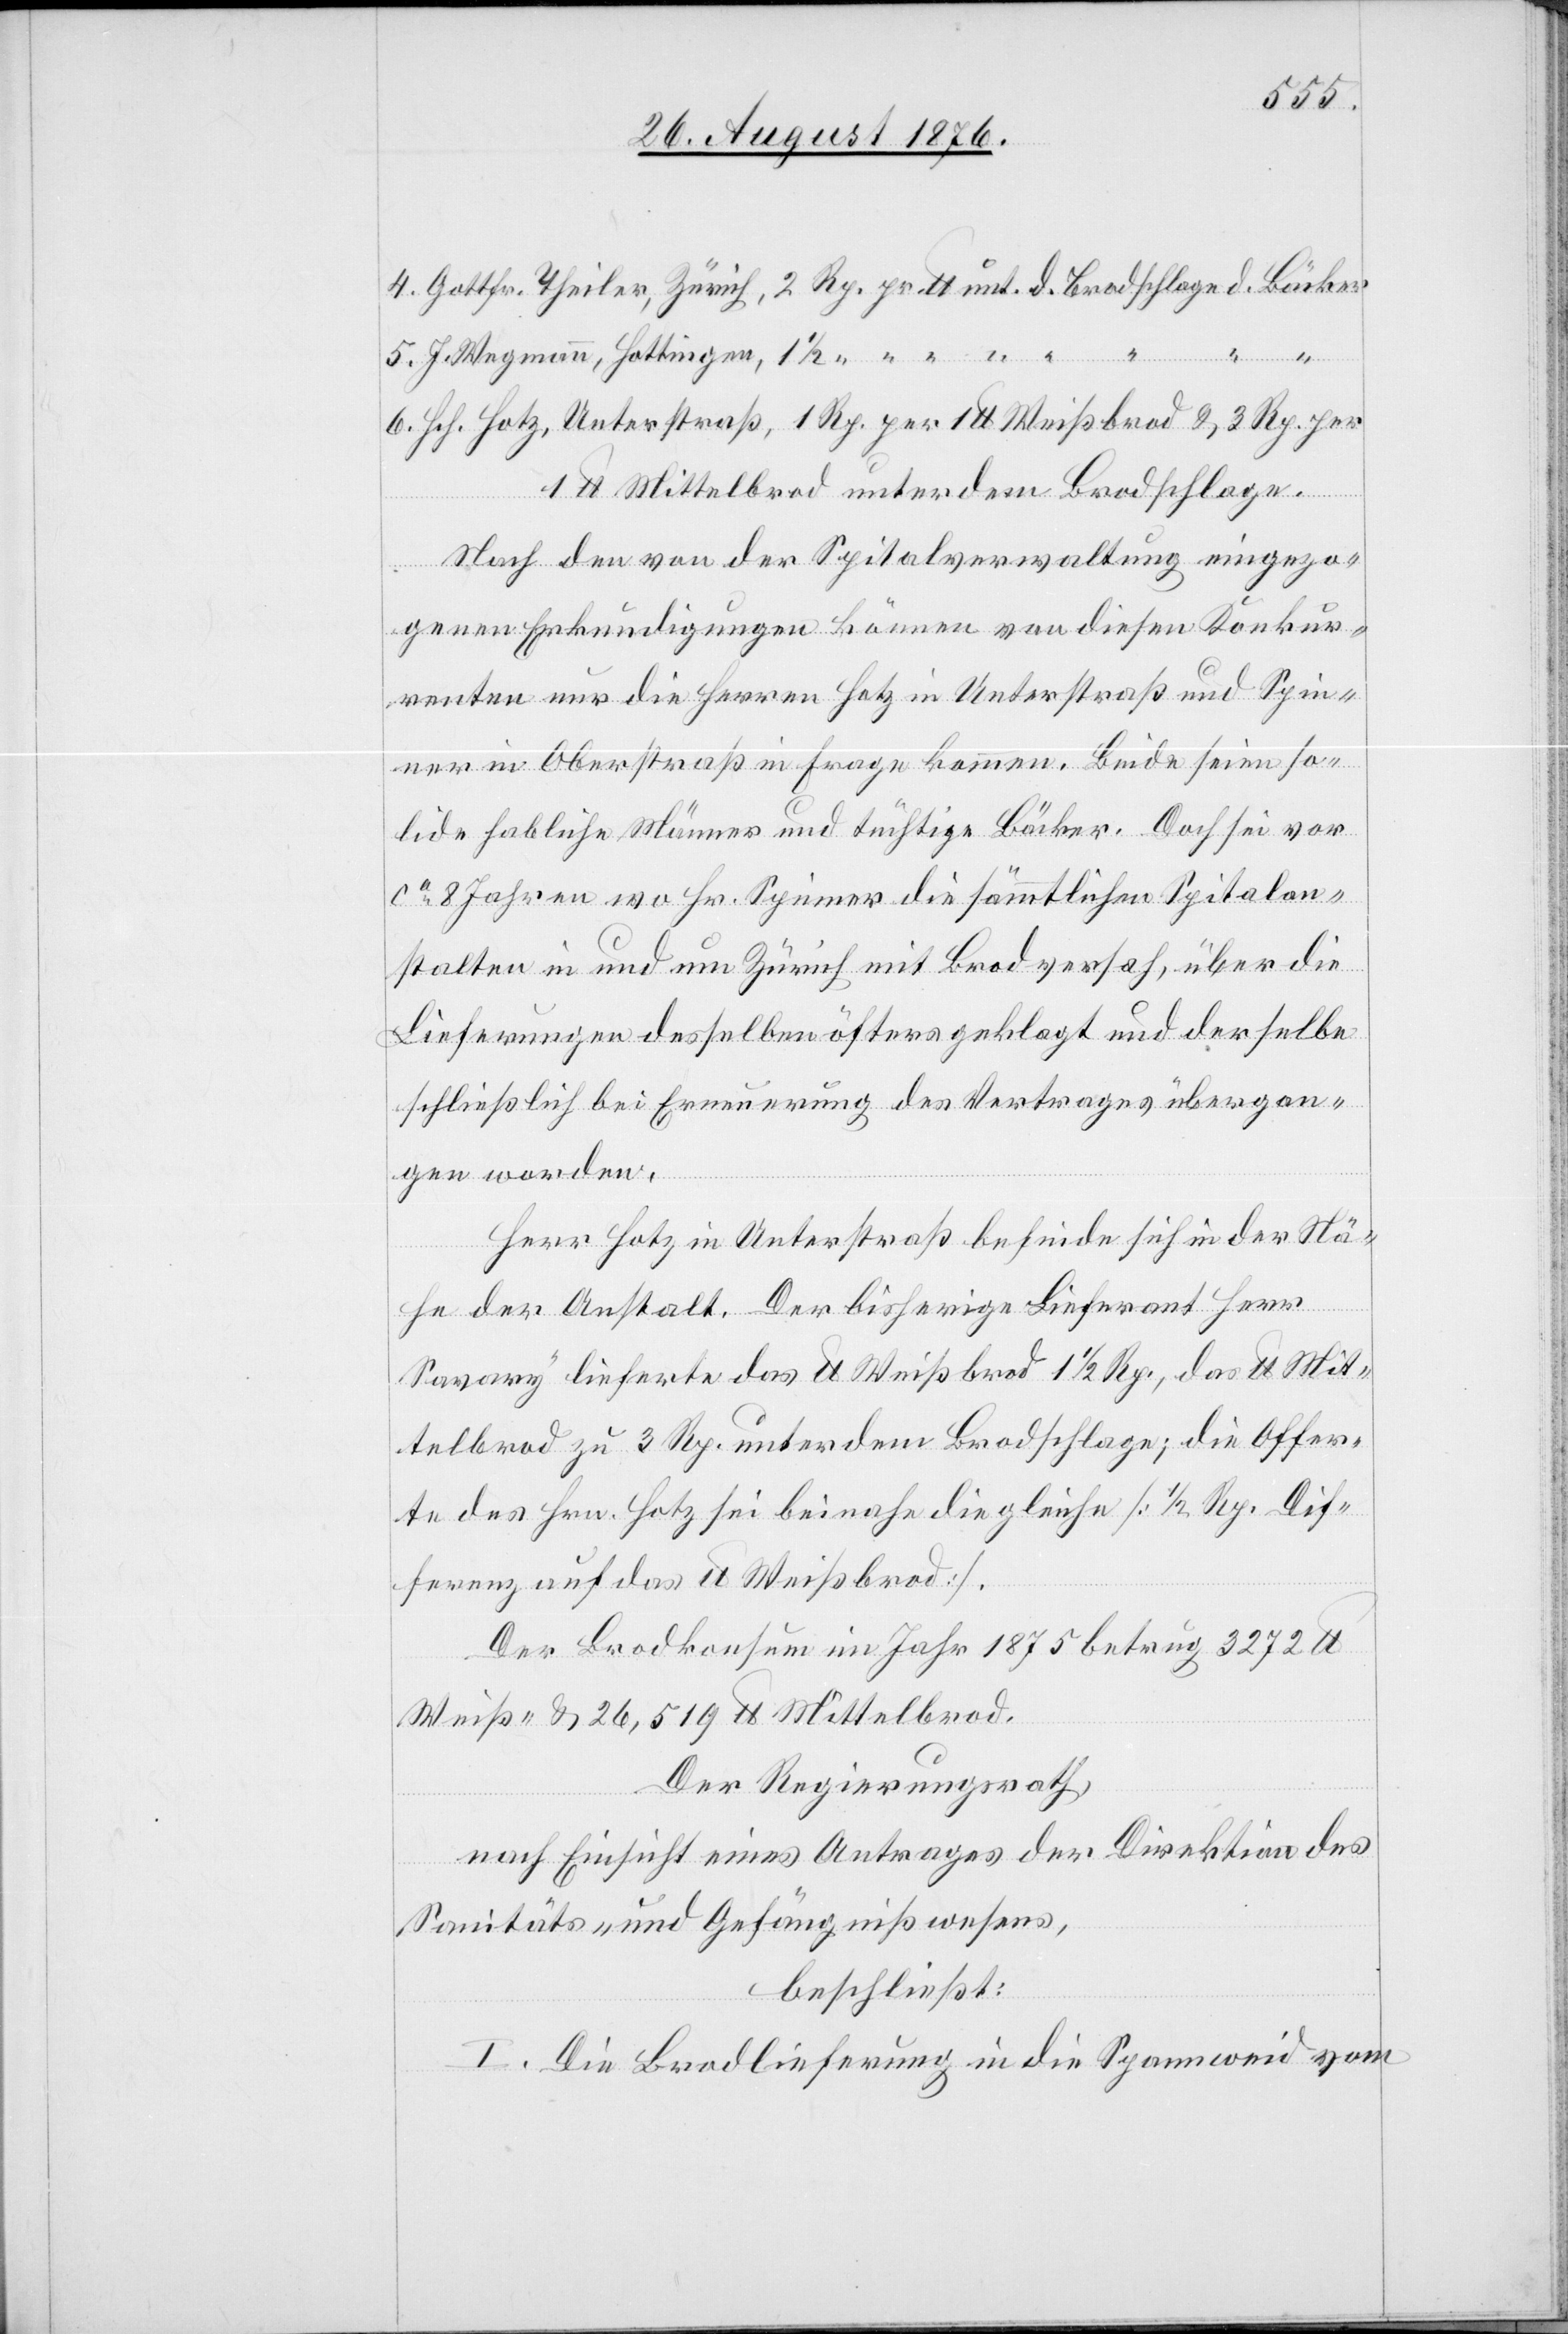
5. J.
6. Hch. Hotz, Unterstraß, 1 Rp. per 1 U. Weißbrod & 3 Rp. per
1 U Mittelbrod unter dem Brodschlage
Nach den von der Spitalverwaltung eingezo¬
genen Erkundigungen können von diesen Konkur¬
renten nur die Herren Hotz in Unterstraß und Spin¬
ner in Oberstraß in Frage kommen. Beide seien so¬
lide habliche Männer und tüchtige Bäcker. Doch sei vor
ca 8 Jahren wo Hr. Spinner die sämmtlichen Spitalan¬
stalten in und um Zürich mit Brod versah, über die
Lieferungen desselben öfters geklagt und derselbe
schließlich bei Ernennung des Vertrages übergan¬
gen worden.
Herr Hotz in Unterstraß befinde sich in der Nä¬
he der Anstalt. Der bisherige Lieferant Herr
Savory lieferte das U Weißbrod 1 1/2 Rp., das U Mit¬
telbrod zu 3 Rp. unter dem Brodschlage; die Offer¬
te des Hrn. Hotz sei beinahe die gleiche [1/2 Rp. Dif¬
ferenz auf das Weißbrod].
Der Brodkonsum im Jahr 1875 betrug 3272 U
Weiß- & 26,519 U Mittelbrod.
Der Regierungsrath,
nach Einsicht eines Antrages der Direktion des
Sanitäts- und Gefängnißwesens,
beschließt:
I. Die Brodlieferung in die Spannweid vom